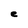
Character: e